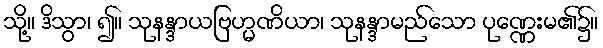
သို့။ ဒိသွာ၊ ၍။ သုနန္ဒာယဗြဟ္မဏိယာ၊ သုနန္ဒာမည်သော ပုဏ္ဏေးမ၏၌။